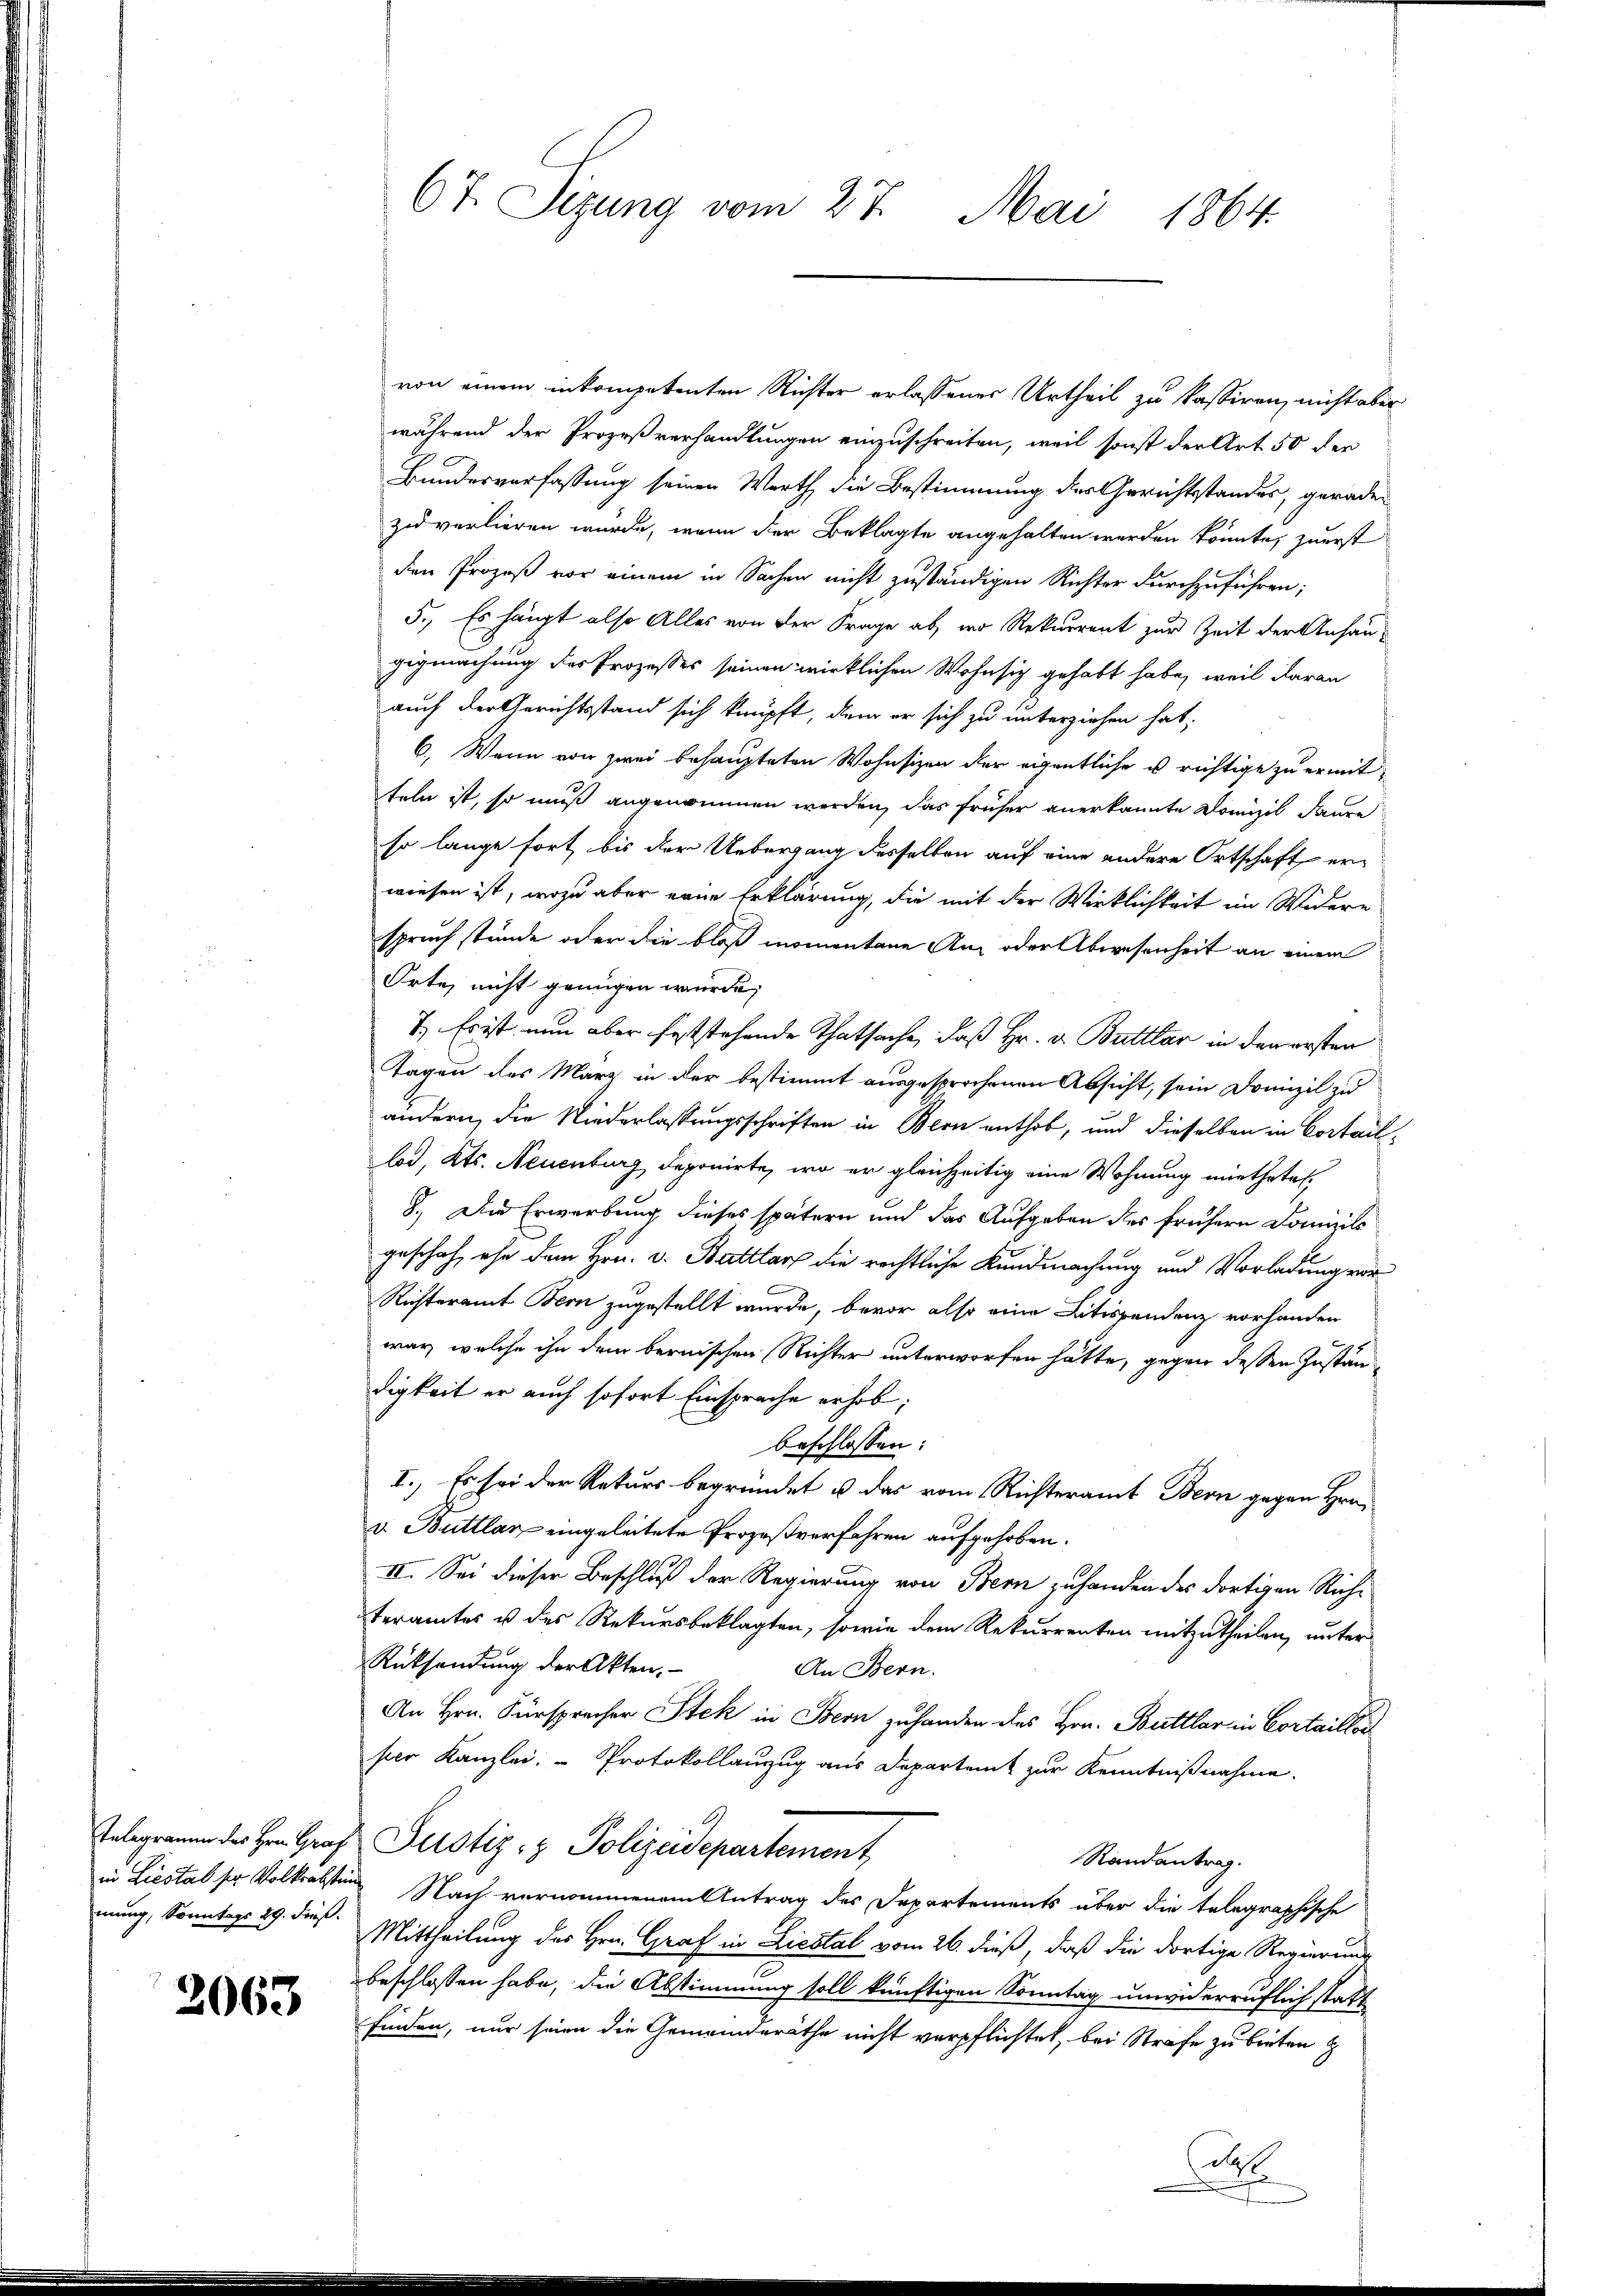
Telegramm des Hrn. Graf
in Liestal ser Volksabsten
mung, Sonntags 29. dieß.

2063

67. Sizung vom 27. Mai 1864.

von einem inkompetenten Richter erlassenes Urtheil zu kassiren, nicht aber
während der Prozeßverhandlungen einzuschreiten, weil sonst der Art. 50 der
Bundesverfassung seinen Werth die Bestimmung des Gerichtsstandes, geraden
zu verlieren wurde, wenn der Beklagte angehalten werden könnte, zuerst
den Prozeß vor einem in Sachen nicht zuständigen Richter durchzuführen;
5., Es hängt also Alles von der Frage ab, wo Rekurrent zur Zeit der Anhaugigmachung des Prozesses seinen wirklichen Wohnsich gehabt habe, weil daran
auch der Gerichtsstand sich knüpft, dem er sich zu unterziehen hat,
6. Wenn von zwei behaupteten Wohnsizen der eigentliche u richtige zu ermitteln ist, so muß angenommen werden, das früher anerkannte Domizil daure
so lange fort bis der Uebergang desselben auf eine andere Ortschaft er-
wiesen ist, wozu aber eine Erklärung, die mit der Wirklichkeit im Widere
spruch stünde oder die bloß momentane An- oder Abwesenheit an einem
Orte, nicht genügen wurde,
7.) Es ist nun aber feststehende Thatsache, daß Hr. v. Buttlar in den ersten
Tagen des März in der bestimmt ausgesprochenen Absicht, sein Domizil zu
andern, die Niederlassungsschriften in Bern enthob, und dieselben in Cortaillod, Kts. Neuenburg deponirte, wo er gleichzeitig eine Wohnung miethetel¬
8.) Die Erwerbung dieses spätern und das Aufgaben des frühern Domizils
geschah, ehe dem Hrn. v. Battlar die rechtliche Kundmachung und Vorladung vor
Richteramt Bern zugestellt wurde, bevor also eine Litispendenz vorhanden
war, welche ihn dem bernischen Richter unterworfen hätte, gegen dessen Zuständigkeit er auch sofort Einsprache erhob,
beschlossen:
I., Es sei der Rekurs begründet u. das vom Richteramt Bern gegen Hrn.
v. Buttlan eingeleitete Prozeßverfahren aufgehoben.
II. Sei dieser Beschluß der Regierung von Bern zuhanden des dortigen Rich-
teramtes u des Rekursbeklagten, sowie dem Rekurrenten mitzutheilen, unter
Rücksendung der Akten.
An Bern.
An Hrn. Fürsprecher Stek in Bern zuhanden des Hrn. Buttlar in Cortaillor
pier Kanzlei. - Protokollauzug aus Departamt zur Kenntnißnahme.
Justiz- & Polizeidepartement
Randantrag.
Nach vernommenem Antrag des Departements über die telegraphische
Mittheilung des Hrn. Graf in Liestal vom 26. dieß, daß die dortige Regierung
beschlossen habe, die Abstimmung soll künftigen Sonntag unwiderruflich statt
finden, nur seien die Gemeinderäthe nicht verpflichtet, bei Strafe zu bieten
d

e